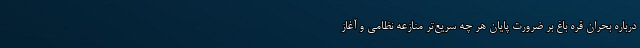
درباره بحران قره باغ بر ضرورت پایان هر چه سریع‌تر منازعه نظامی و آغاز